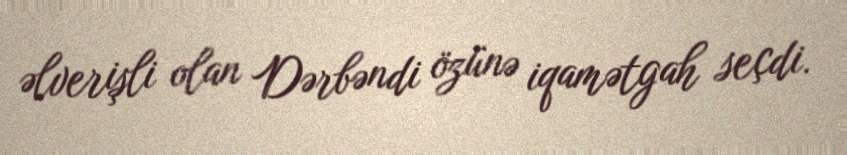
əlverişli olan Dərbəndi özünə iqamətgah seçdi.